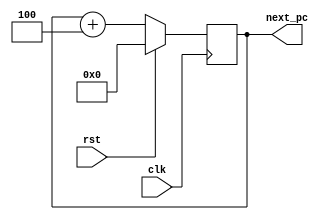
/**
 * This is written by Zhiyang Ong 
 * and Andrew Mattheisen 
 * for EE577b Troy WideWord Processor Project
 */

// Behavioral model for the 32-bit program counter
module program_counter2a (next_pc,rst,clk);

	// Output signals...
	// Incremented value of the program counter
	output [0:31] next_pc;
	
	
	
	
	// ===============================================================
	// Input signals
	// Clock signal for the program counter
	input clk;
	// Reset signal for the program counter
	input rst;
	/**
	 * May also include: branch_offset[n:0], is_branch
	 * Size of branch offset is specified in the Instruction Set
	 * Architecture
	 */
	
	
	
	
	
	// ===============================================================
	// Declare "wire" signals:
	//wire FSM_OUTPUT;
	



	
	// ===============================================================
	// Declare "reg" signals: 
	reg [0:31] next_pc;		// Output signals

	
	
	
	// ===============================================================
	
	always @(posedge clk)
	begin
		// If the reset signal sis set to HIGH
		if(rst)
		begin
			// Set its value to ZERO
			next_pc<=32'd0;
		end
		else
		begin
			next_pc<=next_pc+32'd4;
		end
	end
	
	
	
	
endmodule